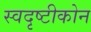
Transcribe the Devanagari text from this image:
स्वदृष्टीकोन